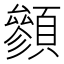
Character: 䫩